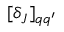
[ \delta _ { J } ] _ { q q ^ { \prime } }